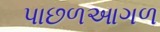
પાછળઆગળ